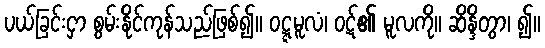
ပယ်ခြင်းငှာ စွမ်းနိုင်ကုန်သည်ဖြစ်၍။ ဝဋ္ဋမူလံ၊ ဝဋ်၏ မူလကို။ ဆိန္ဒိတွာ၊ ၍။